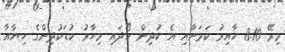
މިރޭ 8.10 ހާއިރު ކަމަށާއި އެ ކުދިން ހޯދައި މިހާރު ކުޑަކުދިންގެ ހިޔާއާ